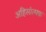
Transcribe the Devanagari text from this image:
अहिसांत्मक